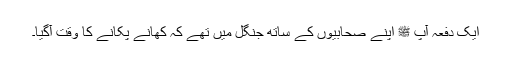
ایک دفعہ آپ ﷺ اپنے صحابیوں کے ساتھ جنگل میں تھے کہ کھانے پکانے کا وقت آگیا۔